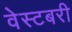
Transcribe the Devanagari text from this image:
वेस्टबरी